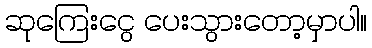
ဆုကြေးငွေ ပေးသွားတော့မှာပါ။